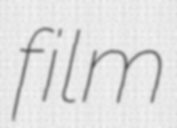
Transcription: film